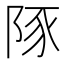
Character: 𮥆